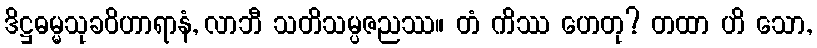
ဒိဋ္ဌဓမ္မသုခဝိဟာရာနံ, လာဘီ သတိသမ္ပဇညဿ။ တံ ကိဿ ဟေတု? တထာ ဟိ သော,